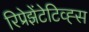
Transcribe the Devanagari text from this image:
रिप्रेझेंटेटिव्ह्स